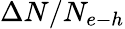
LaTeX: \Delta N/N_{e{\mathrm{-}}h}